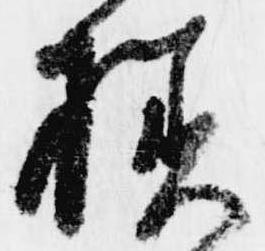
様